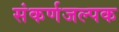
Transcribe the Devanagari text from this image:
संकर्णजल्पक